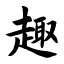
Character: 趣